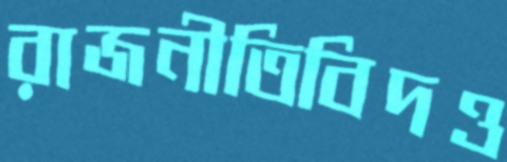
রাজনীতিবিদও